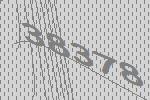
38378